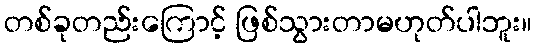
တစ်ခုတည်းကြောင့် ဖြစ်သွားတာမဟုတ်ပါဘူး။